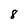
Character: 8